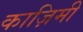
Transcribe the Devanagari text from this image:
काज़िमी